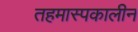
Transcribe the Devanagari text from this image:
तहमास्पकालीन